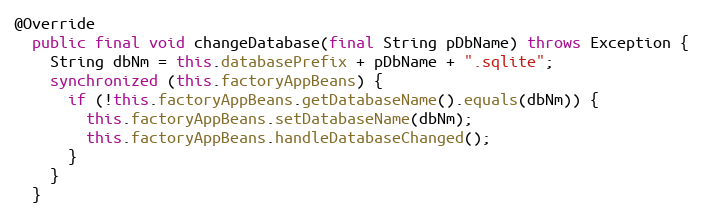
Language: Java
@Override
  public final void changeDatabase(final String pDbName) throws Exception {
    String dbNm = this.databasePrefix + pDbName + ".sqlite";
    synchronized (this.factoryAppBeans) {
      if (!this.factoryAppBeans.getDatabaseName().equals(dbNm)) {
        this.factoryAppBeans.setDatabaseName(dbNm);
        this.factoryAppBeans.handleDatabaseChanged();
      }
    }
  }